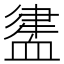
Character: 𧗃